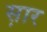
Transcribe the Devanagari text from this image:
स़ार